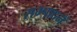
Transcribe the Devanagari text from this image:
सम्पादनें